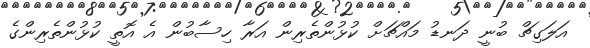
އަލަގިޗް ބުނީ ދަނޑު މައްޗަށް ކުޅުންތެރިން އަރާ ހިސާބުން އެ އޮތީ ކުޅުންތެރިންގެ